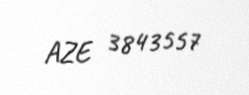
AZE 3843557